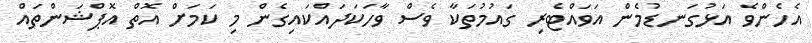
އެހެންވެ އަޅުގަނޑުމެން އަވައްޓެރި ގައުމުތަކާ ވެސް ވާހަކަދައްކައިގެން މި ކަމަށް އޮތް އޮޕްޝަންތައް